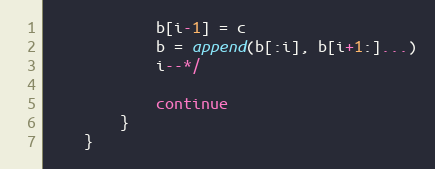
Language: Go
			b[i-1] = c
			b = append(b[:i], b[i+1:]...)
			i--*/

			continue
		}
	}